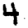
Digit: 4